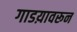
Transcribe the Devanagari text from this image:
गाडय़ावरून